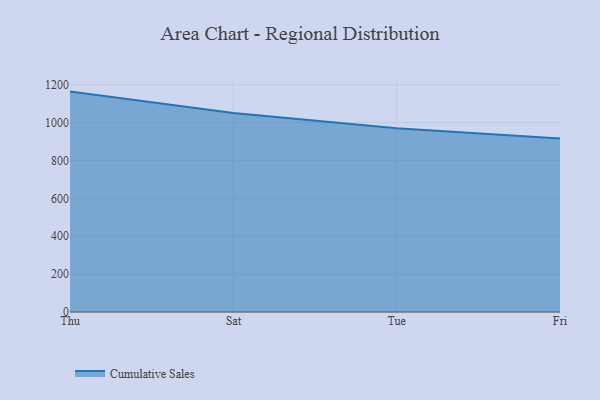
{"axis": {"x": "Day", "y": "Waste Production (Tons)"}, "legend": ["Cumulative Sales"], "data": [{"x": "Thu", "y": 1163.4, "type": "Cumulative Sales"}, {"x": "Sat", "y": 1050.6, "type": "Cumulative Sales"}, {"x": "Tue", "y": 969.6, "type": "Cumulative Sales"}, {"x": "Fri", "y": 916.4, "type": "Cumulative Sales"}]}